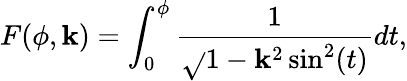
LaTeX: F(\phi,\mathbf{k})=\int_{0}^{\phi}{\frac{{1}}{{\sqrt{}{{1-\mathbf{k}^{2}\sin^{2}(t)}}}}}dt,